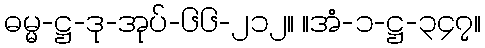
ဓမ္မ-ဋ္ဌ-ဒု-အုပ်-၆၆-၂၁၂။ ။အံ-၁-ဋ္ဌ-၃၄၇။